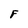
Character: F